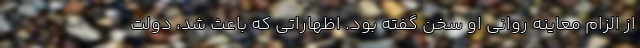
از الزام معاینه روانی او سخن گفته بود. اظهاراتی که باعث شد، دولت